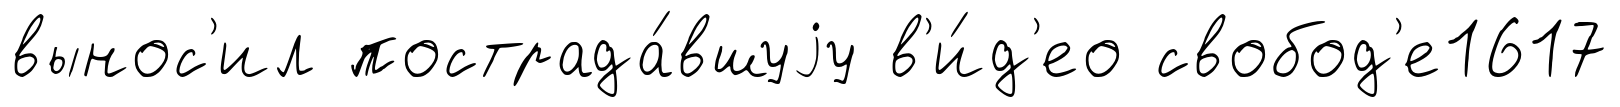
вынос'ил пострада́вшуjу в'и́д'ео свобод'е1617